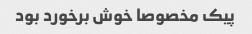
پیک مخصوصا خوش برخورد بود